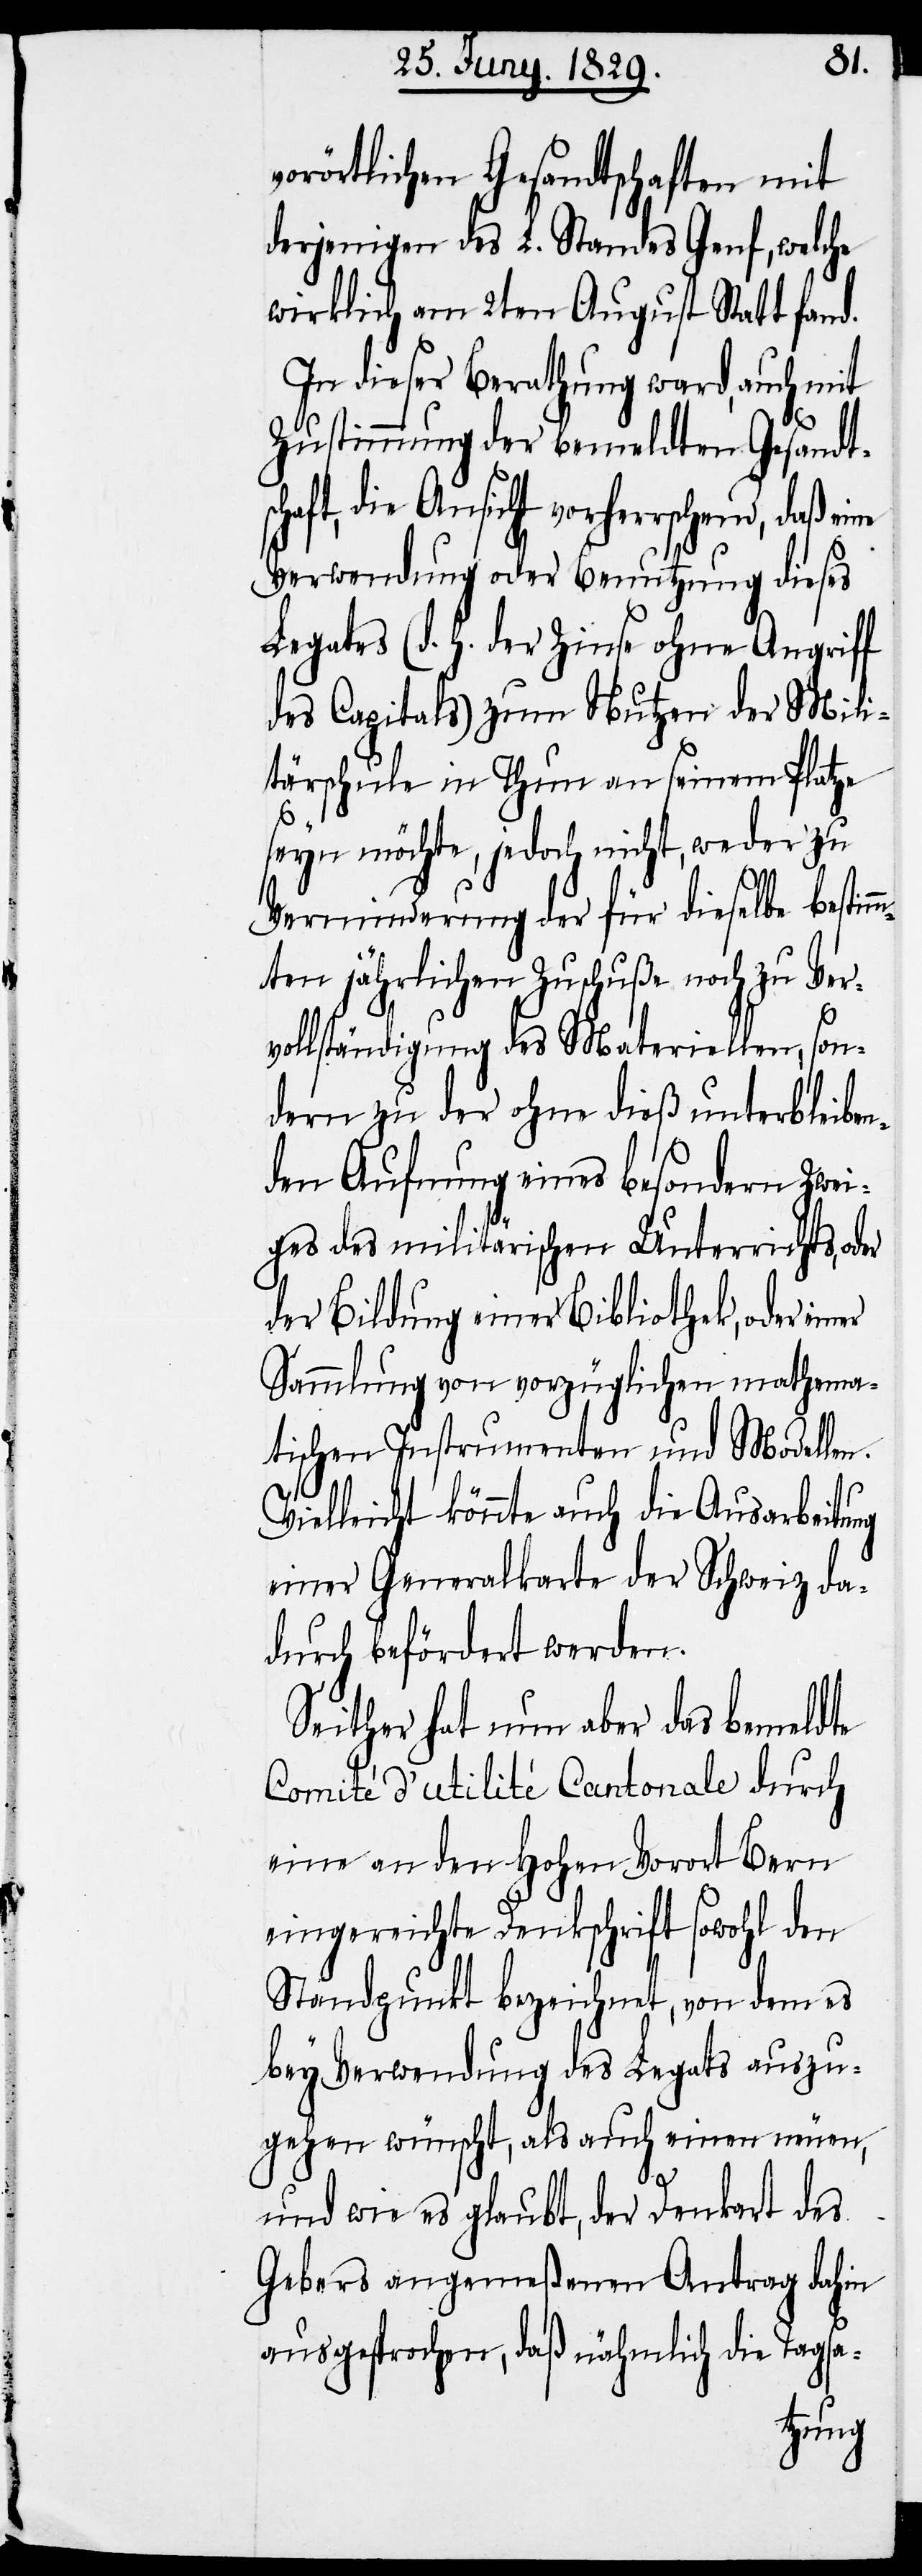
vorörtlichen Gesandtschaften mit
derjenigen des L. Standes Genf, welche
wirklich am 2ten August Statt fand.
In dieser Berathung ward, auch mit
Zustimmung der bemeldten Gesandts¬
haft, die Ansicht vorherrschend, daß
Verwendung oder Benutzung dieses
Legates (d. h. der Zinse ohne Angriff
des Capitals) zum Nutzen der Mili¬
tärschule in Thun an seinem Platze
seyn möchte, jedoch nicht, weder zu
Verminderung der für dieselbe bestim¬
mten jährlichen Zuschuße noch zu Ver¬
vollständigung des Materiellen, son¬
dern zu der ohne dieß unterbleiben¬
den Aufnung eines besondern Zwei¬
ges des militärischen Unterrichts, od¬
der Bildung einer Bibliothek, oder ein¬
Sammlung von vorzüglichen mathema¬
tischen Instrumenten und Modellen.
er
Vielleicht könnte auch die Ausarbeitung
einer Generalkarte der Schweiz da¬
durch befördert werden.
Seither hat nun aber das bemeldte
Comité d’utilité Cantonale durch
eine an den Hohen Vorort Bern
eingereichte Denkschrift sowohl den
Standpunkt bezeichnet, von dem es
bey Verwendung des Legats auszu¬
gehen wünscht, als auch einen neuen,
und wie es glaubt, der Denkart des
Gebers angemeßenen Antrag dahin
ausgesprochen, daß nähmlich die Tagsa-